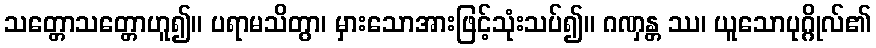
သတ္တောသတ္တောဟူ၍။ ပရာမသိတွာ၊ မှားသောအားဖြင့်သုံးသပ်၍။ ဂဏှန္တ ဿ၊ ယူသောပုဂ္ဂိုလ်၏